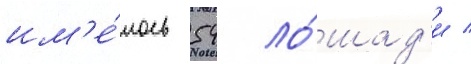
им'е́лось 54 ло́шад'и /